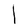
Character: l